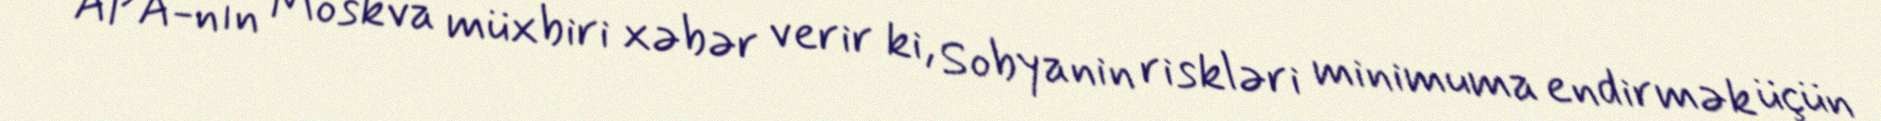
APA-nın Moskva müxbiri xəbər verir ki, Sobyanin riskləri minimuma endirmək üçün